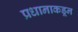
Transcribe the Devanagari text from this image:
प्रधानाकडून